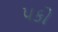
પકો